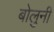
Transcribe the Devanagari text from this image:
बोलुनी